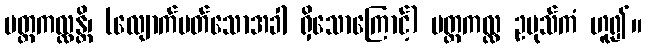
ပတ္တကလ္လန္တိ၊ (လျောက်ပတ်သောအခါ ရှိသောကြောင့်) ပတ္တကလ္လ ဥပုသ်ကံ ဟူ၍။